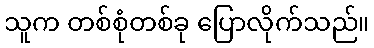
သူက တစ်စုံတစ်ခု ပြောလိုက်သည်။